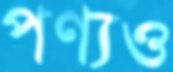
পণ্যও